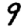
Digit: 9